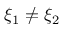
\xi _ { 1 } \neq \xi _ { 2 }